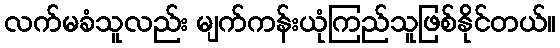
လက်မခံသူလည်း မျက်ကန်းယုံကြည်သူဖြစ်နိုင်တယ်။